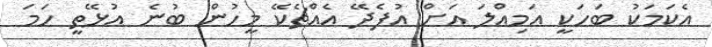
އެކަމަކު ބަހަކީ އަމިއްލަ އަށް އުފެދޭ އެއްޗެކޭ މީހުން ބުނެ އުޅޭތީ ހަމަ